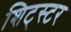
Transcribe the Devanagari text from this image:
शिट्स्टर